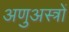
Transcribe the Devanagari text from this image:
अणुअस्त्रों